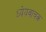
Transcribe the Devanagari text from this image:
ध्येयवाचक